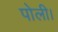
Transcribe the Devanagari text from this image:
पोली।